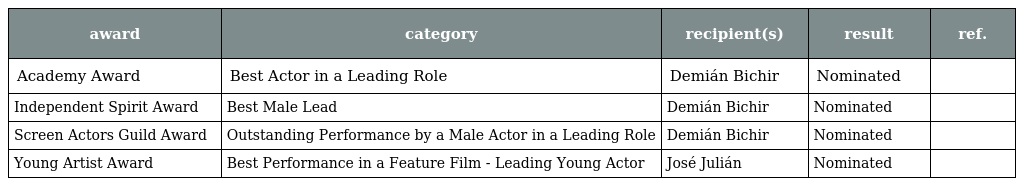
| award | category | recipient(s) | result | ref. |
 | --- | --- | --- | --- | --- |
 | Academy Award | Best Actor in a Leading Role | Demián Bichir | Nominated |  |
 | Independent Spirit Award | Best Male Lead | Demián Bichir | Nominated |  |
 | Screen Actors Guild Award | Outstanding Performance by a Male Actor in a Leading Role | Demián Bichir | Nominated |  |
 | Young Artist Award | Best Performance in a Feature Film - Leading Young Actor | José Julián | Nominated |  |